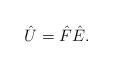
LaTeX: \begin{align*}\hat{U}=\hat{F}\hat{E}.\end{align*}